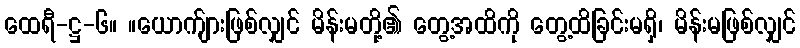
ထေရီ-ဋ္ဌ-၆။ ။ယောက်ျားဖြစ်လျှင် မိန်းမတို့၏ တွေ့အထိကို တွေ့ထိခြင်းမရှိ၊ မိန်းမဖြစ်လျှင်